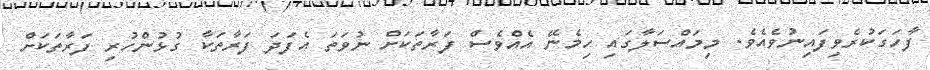
ފާހަގަކުރެވިފައިނުވެއެވެ. މިމައްސަލާގައި ހިމެނޭ އެއްވެސް ފަރާތަކަށް ނުވަތަ އެފަދަ ފަރާތަކާ ގުޅުންހުރި ފަރާތަކަށް